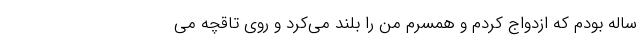
ساله بودم که ازدواج کردم و همسرم من را بلند می‌کرد و روی تاقچه می